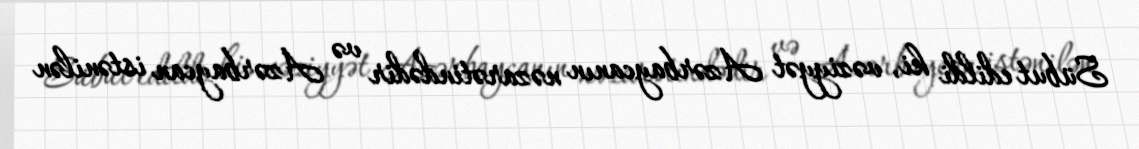
Sübut edildi ki, vəziyyət Azərbaycanın nəzarətindədir və Azərbaycan istənilən